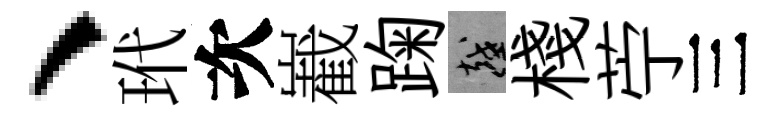
、玳次嶻踘越棧苧三